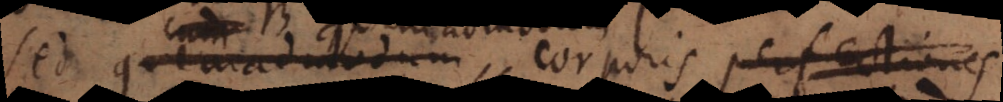
cum quemadmodum corporis perfectiones